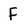
Character: F